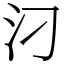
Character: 汈